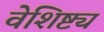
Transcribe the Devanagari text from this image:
वेशिष्ट्य